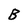
Character: B